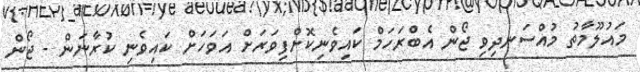
މައުލޫމާތު މުއްސަނދިވި ޖޯން އެބްރަހަމް ކައިވެނިކޮށްފިވަރަށް އަވަހަށް ކައިވެނި ކުރާނަން - ޖޯން